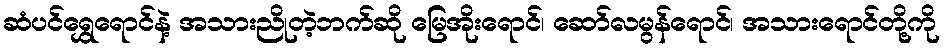
ဆံပင်ရွှေရောင်နဲ့ အသားညိုတဲ့ဘက်ဆို မြေအိုးရောင်၊ ဆော်လမွန်ရောင်၊ အသားရောင်တို့ကို